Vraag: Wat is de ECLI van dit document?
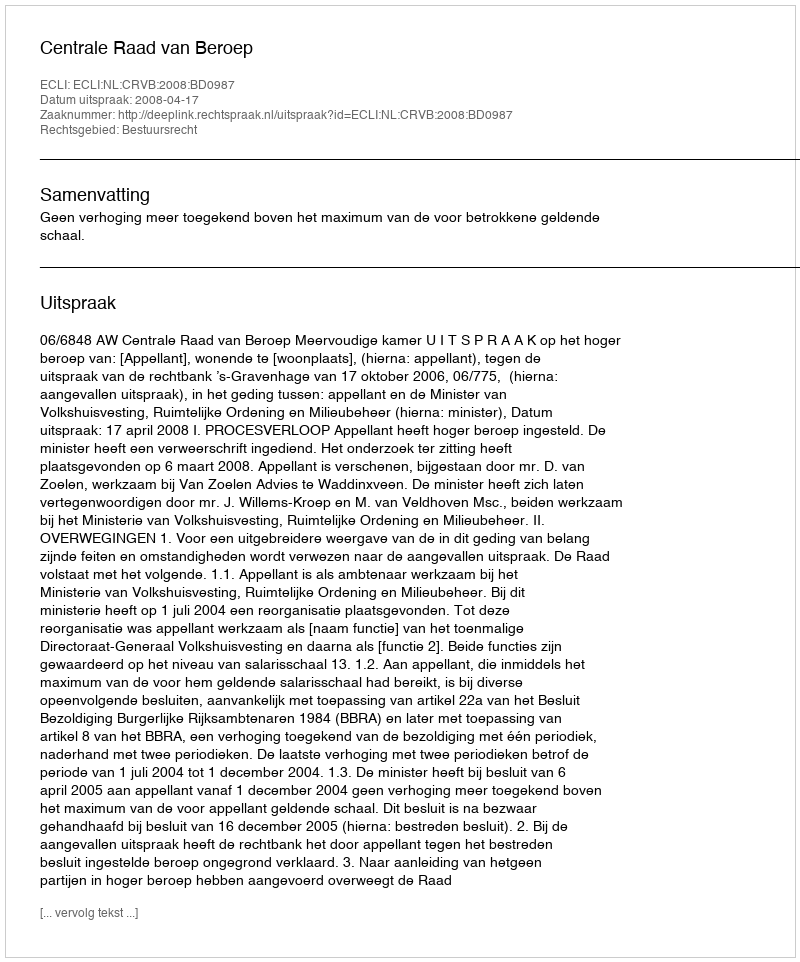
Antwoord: ECLI:NL:CRVB:2008:BD0987